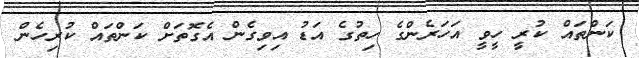
ކަންތައް ކުރީ ހީވީ އަހަރެންގެ ހިތުގެ އަޑު އިވިގެން އެގޮތަށް ކަންތައް ކުރިހެން